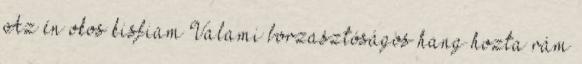
Az én okos kisfiam Valami borzasztóságos hang hozta rám